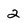
Character: 2